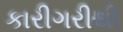
કારીગરીથી